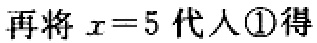
再将\(x = 5\)代入\textcircled{1}得